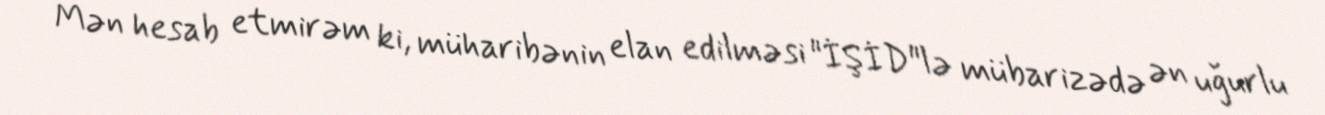
Mən hesab etmirəm ki, müharibənin elan edilməsi "İŞİD"lə mübarizədə ən uğurlu